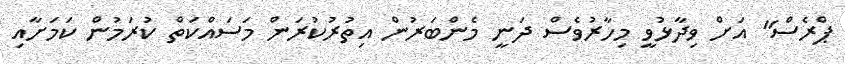
ޕްރެސް" އަށް ވިދާޅުވީ މިހާރުވެސް ދަނީ މެންބަރުން އިތުރުކުރަން މަސައްކަތް ކުރަމުން ކަމަށާއި